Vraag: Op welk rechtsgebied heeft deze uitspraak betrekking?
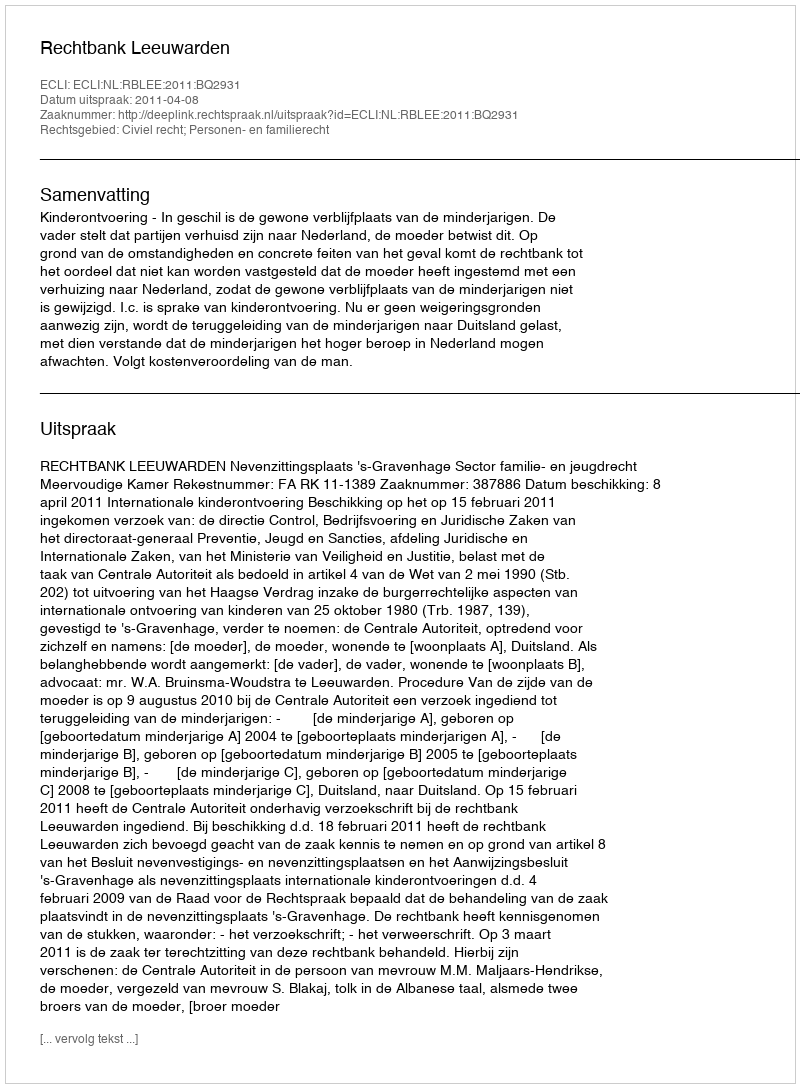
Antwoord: Civiel recht; Personen- en familierecht